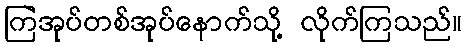
ကြဲအုပ်တစ်အုပ်နောက်သို့ လိုက်ကြသည်။